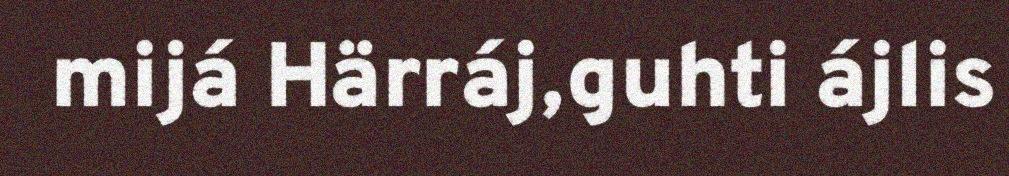
mijá Härráj,guhti ájlis